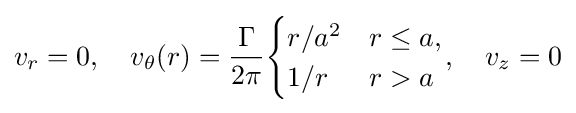
v_{r}=0,\quad v_{\theta }(r)={\frac {\Gamma }{2\pi }}{\begin{cases}r/a^{2}&r\leq a,\\1/r&r>a\end{cases}},\quad v_{z}=0